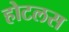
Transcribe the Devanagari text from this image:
होटलस